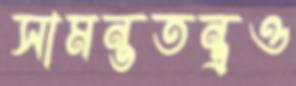
সামন্ততন্ত্রও